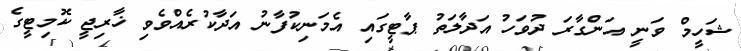
ޝަހީމް ވަނީ އަންގާރަ ދުވަހު އަދާލަތު ޕާޓީގައި އެމަނިކުފާނު އަދާކުރެއްވެވި ޚާރިޖީ ކޮމިޓީގެ